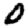
Digit: 0